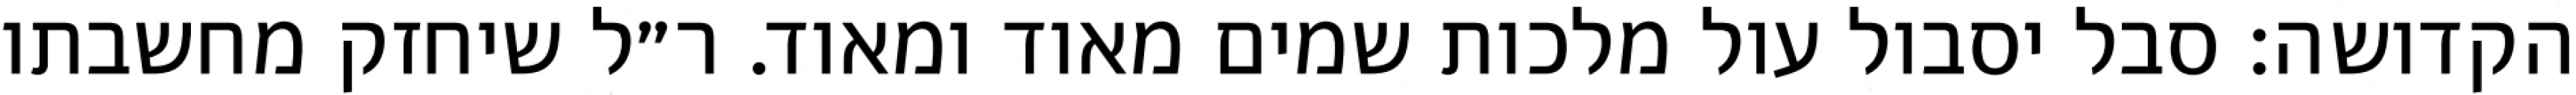
הקדושה: סבל יסבול עול מלכות שמים מאוד ומאוד. ר״ל שיחזק מחשבתו